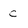
Character: c